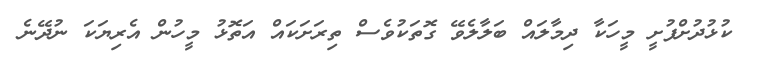
ކުޅުދުށްފުށީ މީހަކާ ދިމާލައް ބަލާލެވޭ ގޮތަކުވެސް ތިރަށަކައް އަތޮޅު މީހުން އެރިޔަކަ ނުދޭނެ